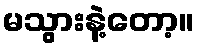
မသွားနဲ့တော့။